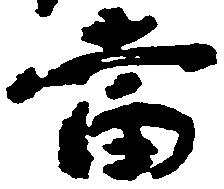
当